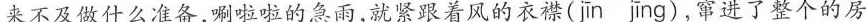
来不及做什么准备，唰啦啦的急雨，就紧跟着风的衣襟（jīn jīng），窜进了整个的房